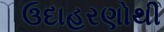
ઉદાહરણોથી